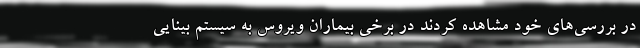
در بررسی‌های خود مشاهده کردند در برخی بیماران ویروس به سیستم بینایی